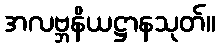
အလဗ္ဘနိယဋ္ဌာနသုတ်။